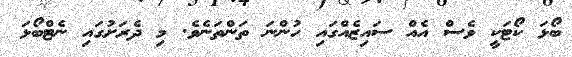
ބޯޅަ ކޯޓަކީ ވެސް އެއް ސައިޒެއްގައި ހުންނަ ތަންތަނެވެ. މި ދެރަށުގައި ނެޓްބޯޅަ